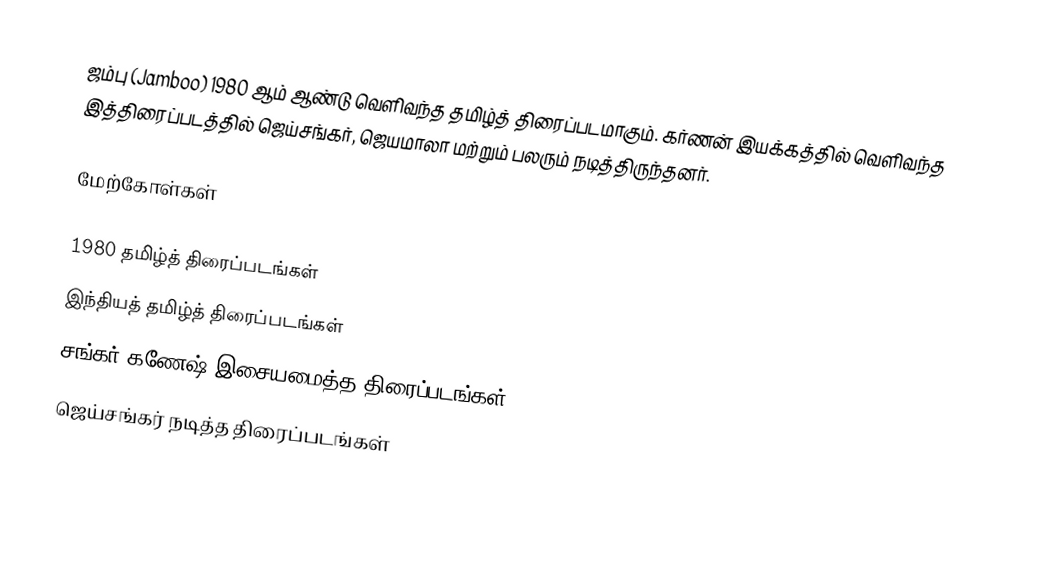
ஜம்பு (Jamboo) 1980 ஆம் ஆண்டு வெளிவந்த தமிழ்த் திரைப்படமாகும். கர்ணன் இயக்கத்தில் வெளிவந்த இத்திரைப்படத்தில் ஜெய்சங்கர், ஜெயமாலா மற்றும் பலரும் நடித்திருந்தனர்.

மேற்கோள்கள்

1980 தமிழ்த் திரைப்படங்கள்
இந்தியத் தமிழ்த் திரைப்படங்கள்
சங்கர் கணேஷ் இசையமைத்த திரைப்படங்கள்
ஜெய்சங்கர் நடித்த திரைப்படங்கள்